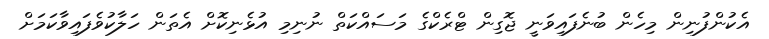
އެކުންފުނިން މިހެން ބުނެފައިވަނީ ޖޮގިން ޓްރެކްގެ މަސައްކަތް ނުނިމި އުޅެނިކޮށް އެތަން ހަލާކުވެފައިވާކަމަށް